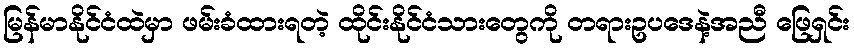
မြန်မာနိုင်ငံထဲမှာ ဖမ်းခံထားရတဲ့ ထိုင်းနိုင်ငံသားတွေကို တရားဥပဒေနဲ့အညီ ဖြေရှင်း